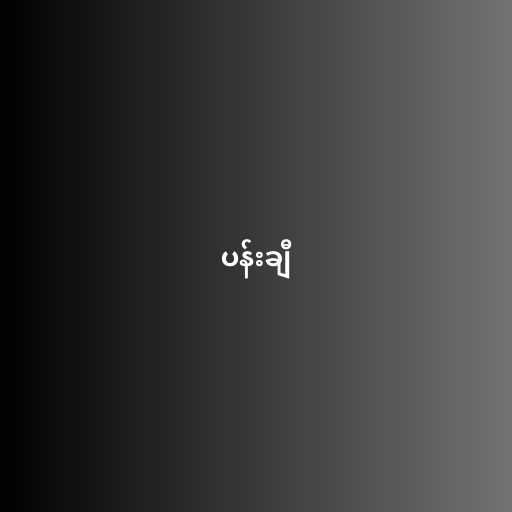
ပန်းချီ